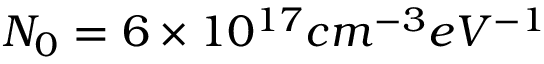
N _ { 0 } = 6 \times 1 0 ^ { 1 7 } c m ^ { - 3 } e V ^ { - 1 }